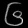
Digit: ၆